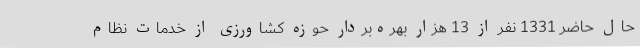
حال حاضر 1331 نفر از 13 هزار بهره‌بردار حوزه کشاورزی از خدمات نظام